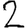
Digit: 2